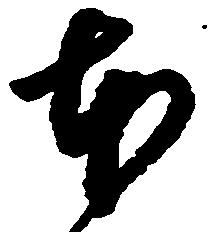
本